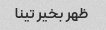
ظهر بخیر تینا